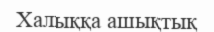
Халыққа ашықтық